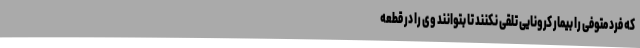
که فرد متوفی را بیمار کرونایی تلقی نکنند تا بتوانند وی را در قطعه